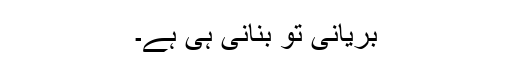
بریانی تو بنانی ہی ہے۔